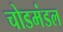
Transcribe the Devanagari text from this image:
चोडमंडल